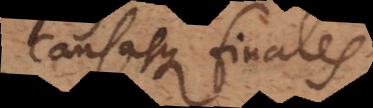
causasque finales